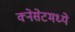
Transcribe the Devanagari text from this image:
क्नेसेटमध्ये